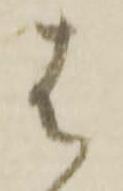
者